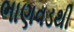
ભાણવડથી